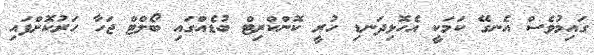
ގައިމުވެސް އެނގޭ ކަމަކީ އެހޮޅިދަނޑި ހުރީ ކޮންކްރިޓް ބުޑެއްގައި ބޯލްޓް ޖަހާ ހަރުކޮށްފައި